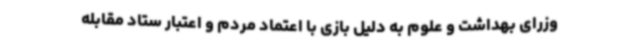
وزرای بهداشت و علوم به دلیل بازی با اعتماد مردم و اعتبار ستاد مقابله